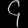
Digit: ၄